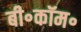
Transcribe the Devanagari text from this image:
बी॰कॉम॰